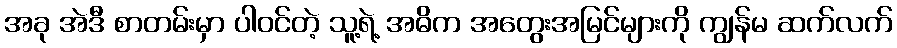
အခု အဲဒီ စာတမ်းမှာ ပါဝင်တဲ့ သူ့ရဲ့ အဓိက အတွေးအမြင်များကို ကျွန်မ ဆက်လက်